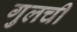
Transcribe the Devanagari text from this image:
गुलची